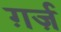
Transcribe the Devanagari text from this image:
ग़र्ज़